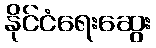
နိုင်ငံရေးဆွေး